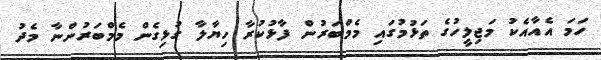
ހަމަ އެއާއެކު މަޖިލީހުގެ ތަޅުމުގައި މެމްބަރުން ފާޅުކުރާ ހިޔާލާ ގުޅިގެން މެމްބަރުންނާ މެދު